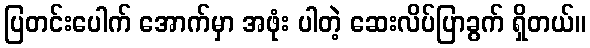
ပြတင်းပေါက် အောက်မှာ အဖုံး ပါတဲ့ ဆေးလိပ်ပြာခွက် ရှိတယ်။